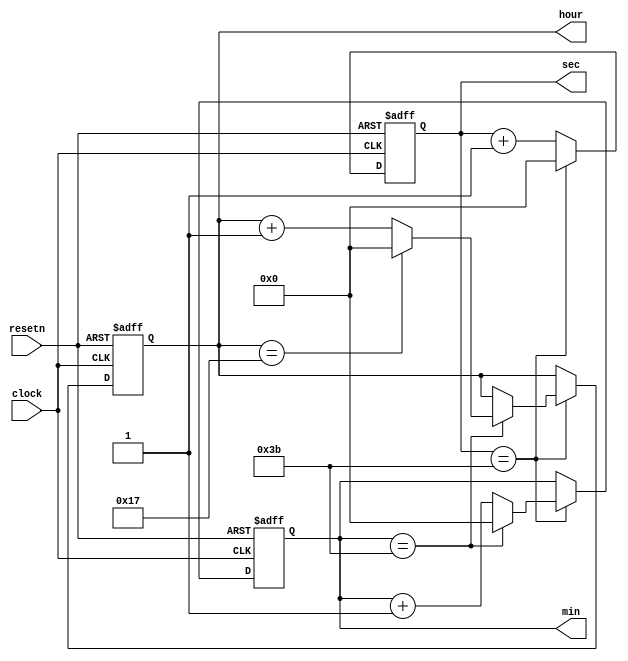
/*module timer_mod(
	input wire resetn,
	input wire clock,
	output reg[5:0] sec,
	output reg[5:0] min,
	output reg[5:0] hour
);
    always @(posedge clock or negedge resetn) 
	begin
        if (resetn == 0) 
		begin
            sec <= 6'b000000;
            min <= 6'b000000;
            hour <= 6'b000000;
        end
        else 
		begin
            if (sec == 6'b111011) 
			begin
	            sec <= 6'b000000;
	            if (min == 6'b111011) 
				begin
		            min <= 6'b000000;
		            if (hour == 6'b010111)
		            begin
		                hour <= 6'b000000;
		            end
		            else
		            begin
		                hour <= hour + 6'b000001;
		            end
		        end
	            else
		        begin
		            min <= min + 6'b000001;
		        end
		    end
            else
            begin
                sec <= sec + 6'b000001;
            end
        end
    end
endmodule*/
module timer_mod(
    input wire resetn,
    input wire clock,
    output reg[5:0] sec,
    output reg[5:0] min,
    output reg[5:0] hour
);
    always @(posedge clock or negedge resetn) begin
        if (resetn == 0) begin
            sec <= 6'b000000;
            min <= 6'b000000;
            hour <= 6'b000000;
        end
        else begin
            if (sec == 6'b111011) begin
                sec <= 6'b000000;
                if (min == 6'b111011) begin
                    min <= 6'b000000;
                    if (hour == 6'b010111)
                        hour <= 6'b000000;
                    else
                        hour <= hour + 6'b000001;
                end
                else
                    min <= min + 6'b000001;
            end
            else
                sec <= sec + 6'b000001;
        end
    end
endmodule